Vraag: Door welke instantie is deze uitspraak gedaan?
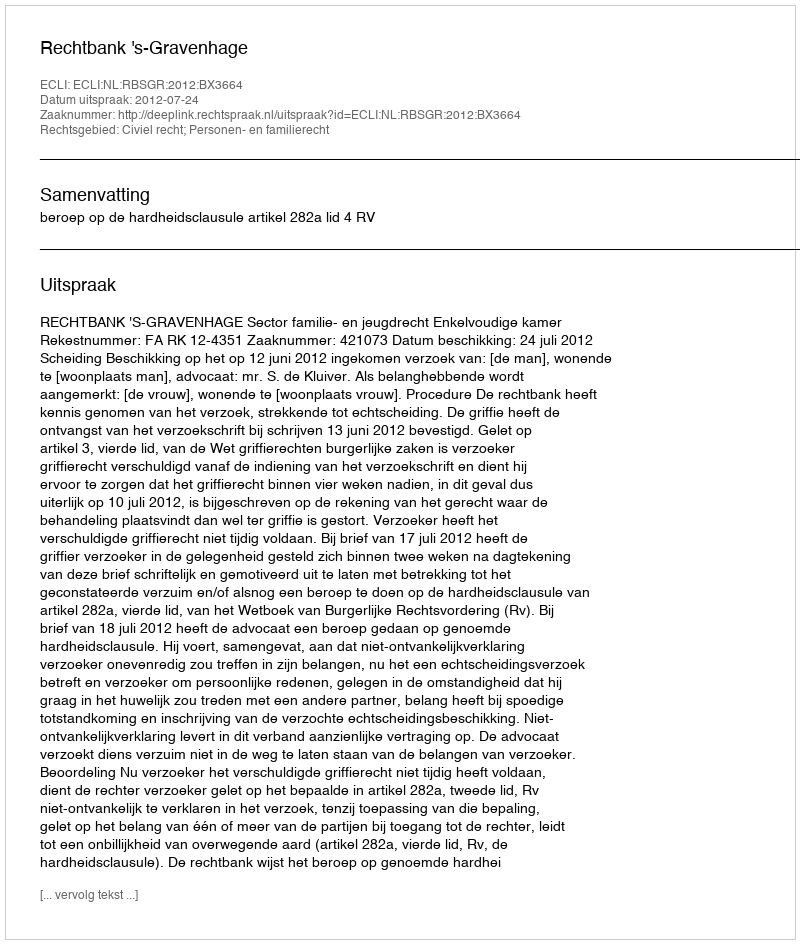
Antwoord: Rechtbank 's-Gravenhage